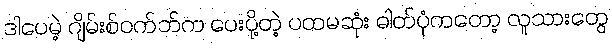
ဒါပေမဲ့ ဂျိမ်းစ်ဝက်ဘ်က ပေးပို့တဲ့ ပထမဆုံး ဓါတ်ပုံကတော့ လူသားတွေ